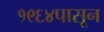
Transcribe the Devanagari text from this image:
१९६४पासून